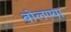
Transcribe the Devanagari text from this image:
बोलण्या